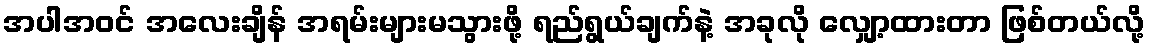
အပါအဝင် အလေးချိန် အရမ်းများမသွားဖို့ ရည်ရွယ်ချက်နဲ့ အခုလို လျှော့ထားတာ ဖြစ်တယ်လို့